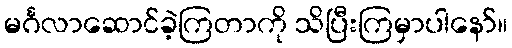
မင်္ဂလာဆောင်ခဲ့ကြတာကို သိပြီးကြမှာပါနော်။